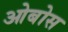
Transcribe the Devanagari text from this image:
ओबोस